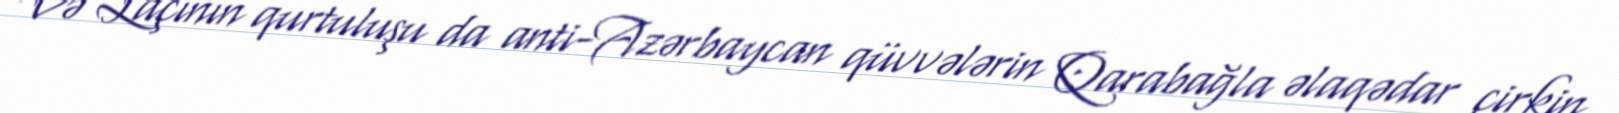
Və Laçının qurtuluşu da anti-Azərbaycan qüvvələrin Qarabağla əlaqədar çirkin